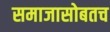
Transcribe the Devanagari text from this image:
समाजासोबतच